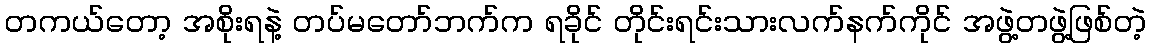
တကယ်တော့ အစိုးရနဲ့ တပ်မတော်ဘက်က ရခိုင် တိုင်းရင်းသားလက်နက်ကိုင် အဖွဲ့တဖွဲ့ဖြစ်တဲ့